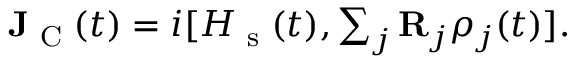
\begin{array} { r } { \mathbf { J } _ { \textrm { C } } ( t ) = i [ H _ { \textrm { s } } ( t ) , \sum _ { j } \mathbf { R } _ { j } \rho _ { j } ( t ) ] . } \end{array}